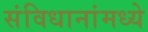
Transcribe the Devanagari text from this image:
संविधानांमध्ये